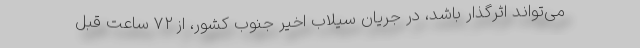
می‌تواند اثرگذار باشد، در جریان سیلاب اخیر جنوب کشور، از ۷۲ ساعت قبل